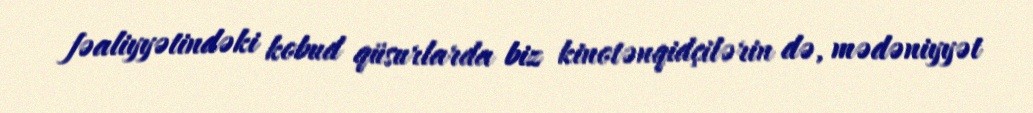
fəaliyyətindəki kobud qüsurlarda biz kinotənqidçilərin də, mədəniyyət